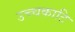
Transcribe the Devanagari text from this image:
उच्चकाटि